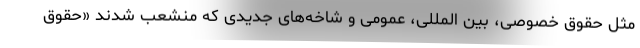
مثل حقوق خصوصی، بین المللی، عمومی و شاخه‌های جدیدی که منشعب شدند «حقوق